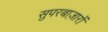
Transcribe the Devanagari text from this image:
सुपरबाज़ारों